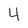
Character: 4